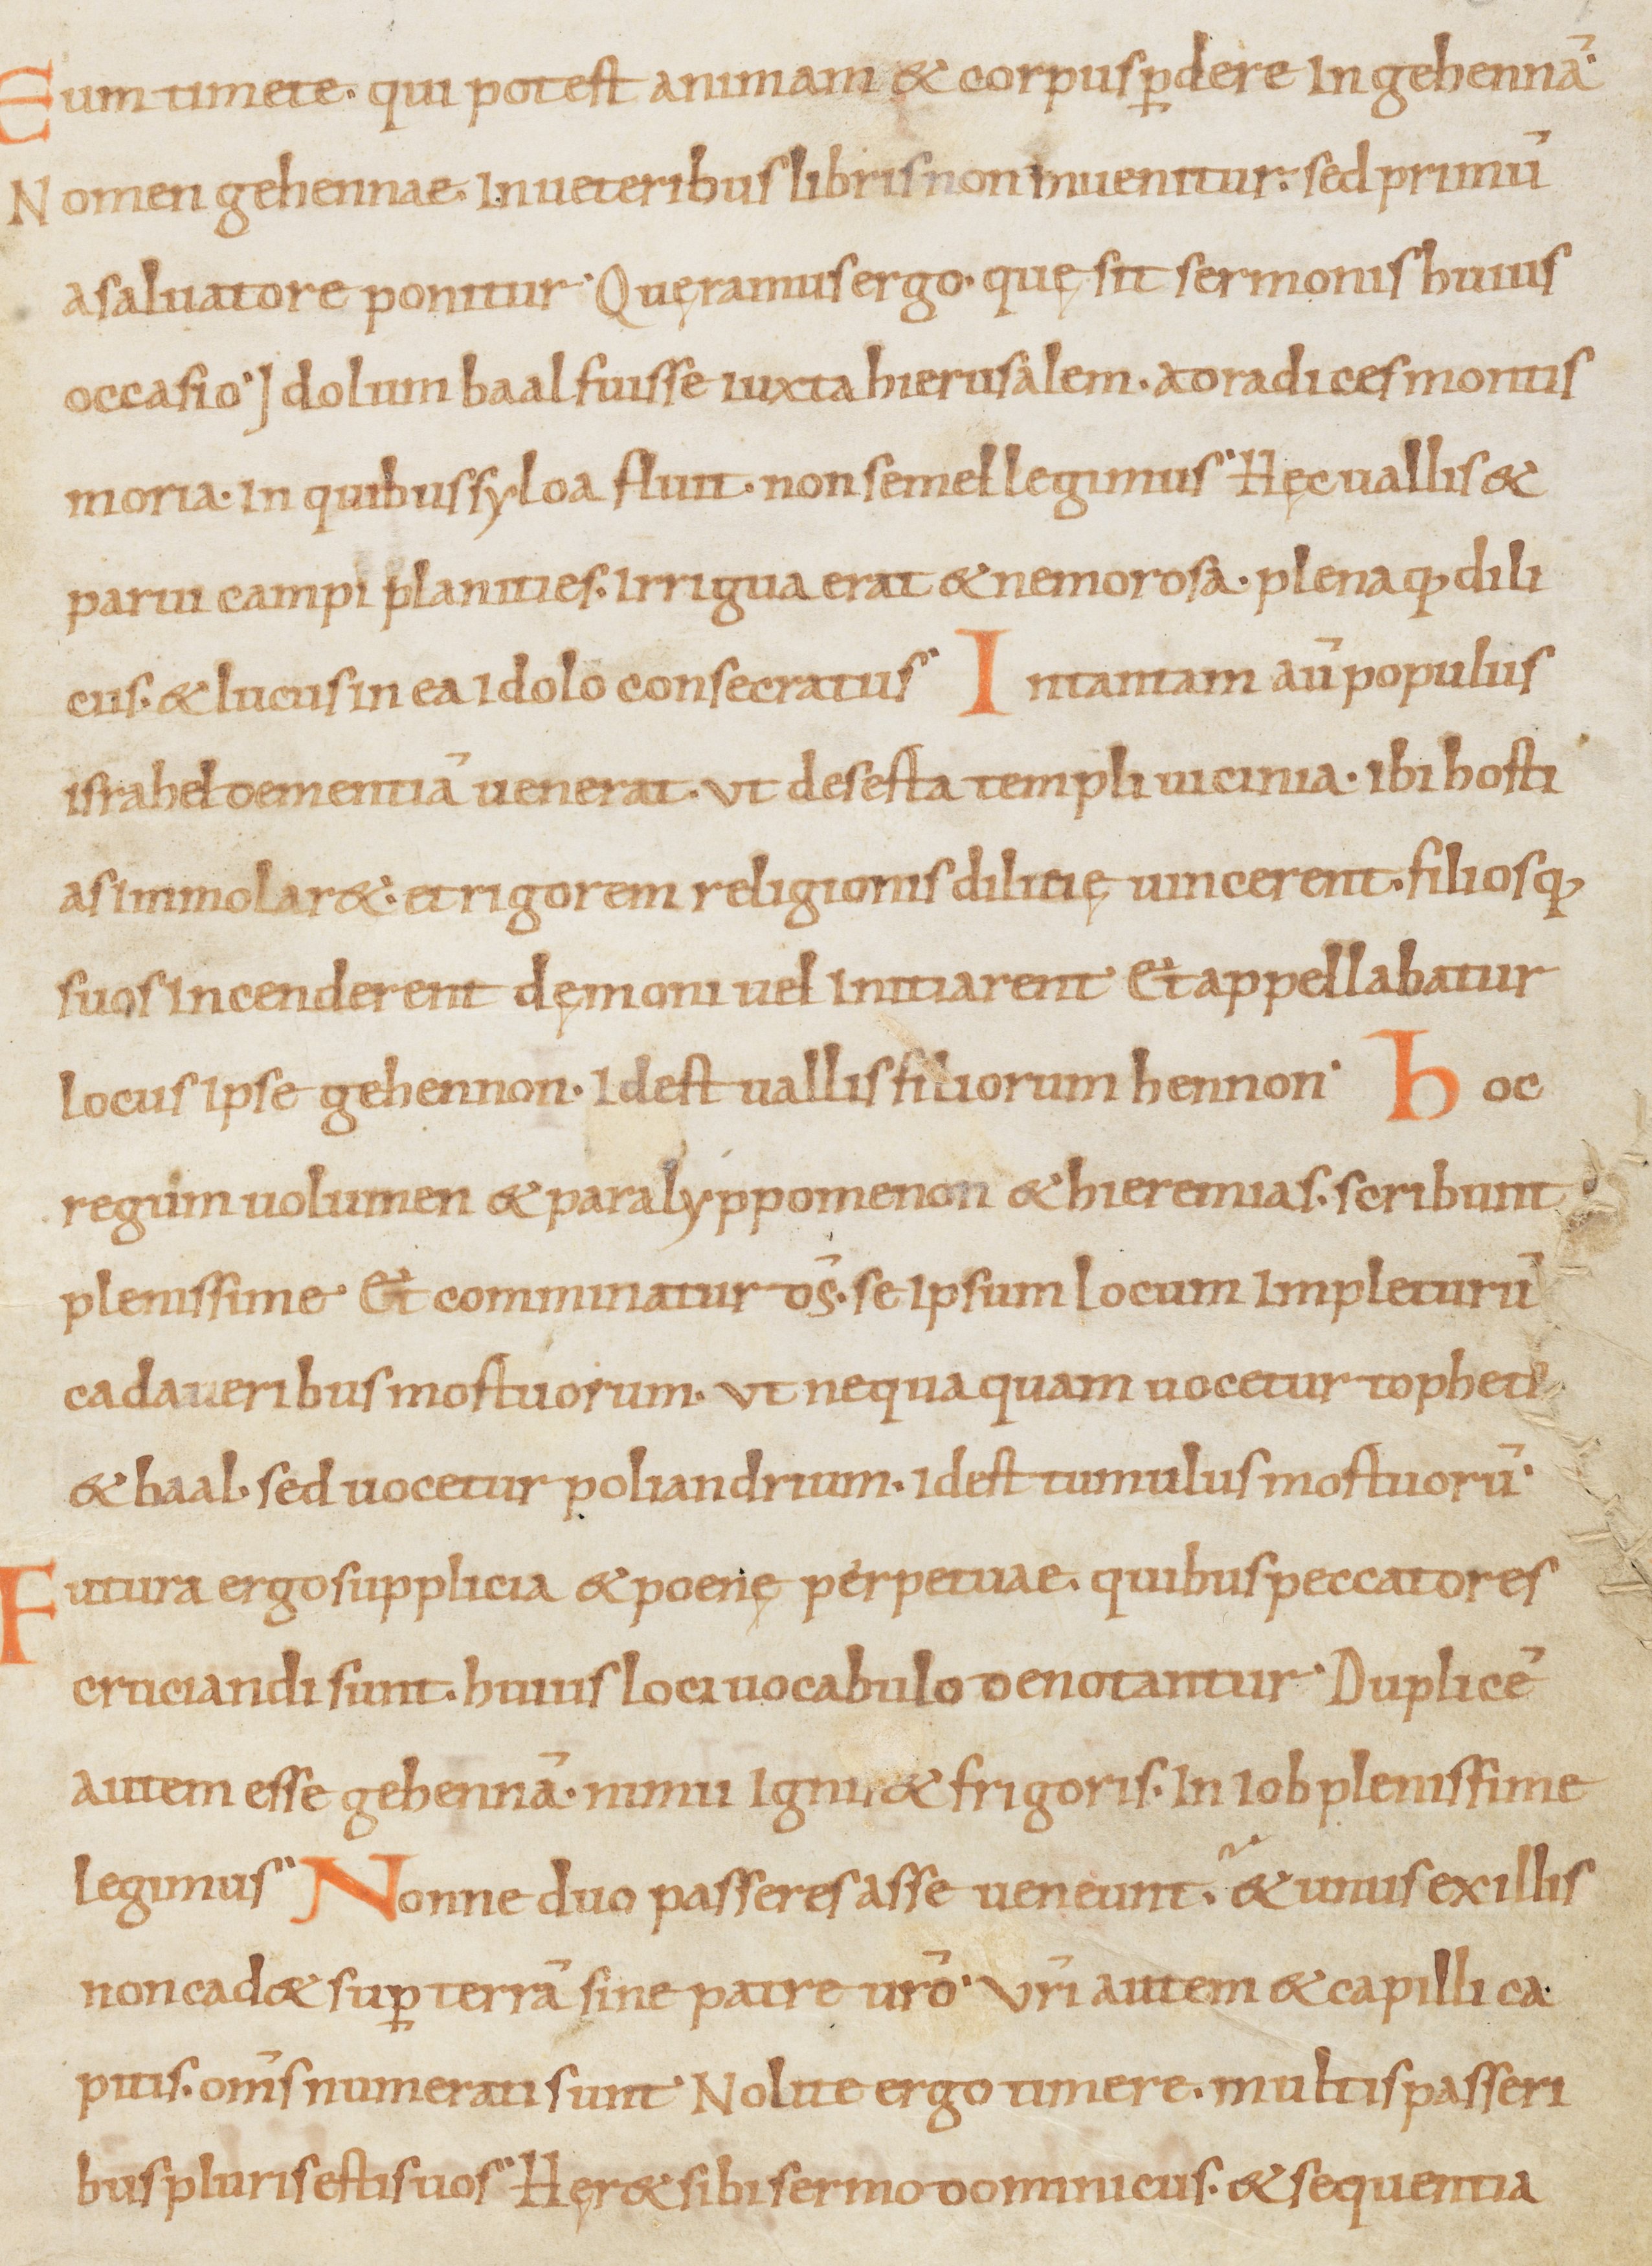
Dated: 900–999